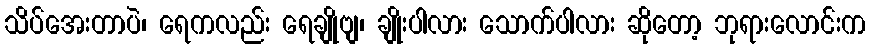
သိပ်အေးတာပဲ၊ ရေကလည်း ရေချိုဗျ၊ ချိုးပါလား သောက်ပါလား ဆိုတော့ ဘုရားလောင်းက